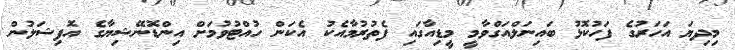
މިދިޔަ އަހަރުގެ ފަހުކޮޅު ބައިނަލްއަގްވާމީ މީޑިއާގައި ފެތުރުމާއެކު އެކަން ހުއްޓުވުމަށް އިންޑޮނޭޝިޔާގެ އޮފިޝަލުން